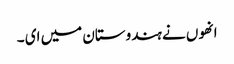
انھوں نے ہندوستان میں ای ۔